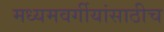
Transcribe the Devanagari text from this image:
मध्यमवर्गीयांसाठीच